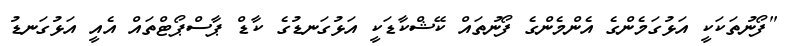
"ފޯނުތަކަކީ އަޅުގަމެންގެ އެންމެންގެ ފޯނުތައް ކޭޝްކާޑަކީ އަޅުގަނޑުގެ ކާޑް ޕާސްޕޯޓްތައް އެއީ އަޅުގަނޑު